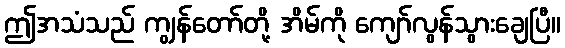
ဤအသံသည် ကျွန်တော်တို့ အိမ်ကို ကျော်လွန်သွားချေပြီ။